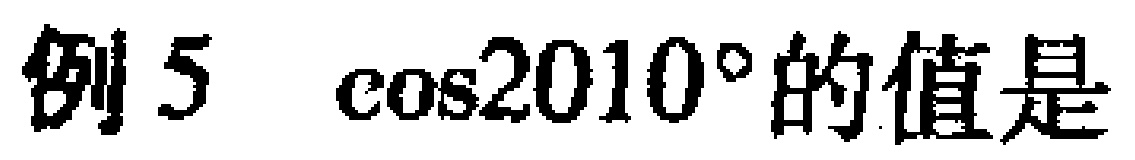
例5 $\cos2010^{\circ}$的值是